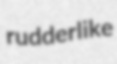
rudderlike